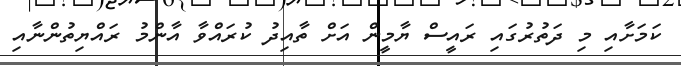
ކަމަށާއި މި ދަތުރުގައި ރައީސް ޔާމީން އަށް ތާއިދު ކުރައްވާ އާންމު ރައްޔިތުންނާއި